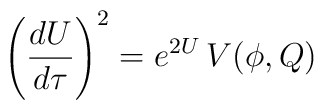
\left( \frac{dU}{d\tau}\right)^2   =e^{2U} \, V(\phi , Q)